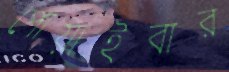
পোয়াইবার